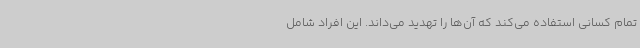
تمام کسانی استفاده می‌کند که آن‌ها را تهدید می‌داند. این افراد شامل